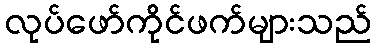
လုပ်ဖော်ကိုင်ဖက်များသည်